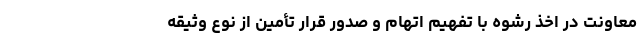
معاونت در اخذ رشوه با تفهیم اتهام و صدور قرار تأمین از نوع وثیقه